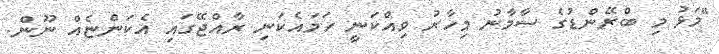
"މަޅު މި ބްރޭންޑުގެ ސާމާނު މިހާރު ވިއްކަނީ ހަމައެކަނި ރާއްޖޭގަައި އެކަންޏެއް ނޫން.